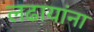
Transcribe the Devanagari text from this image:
लढायांना